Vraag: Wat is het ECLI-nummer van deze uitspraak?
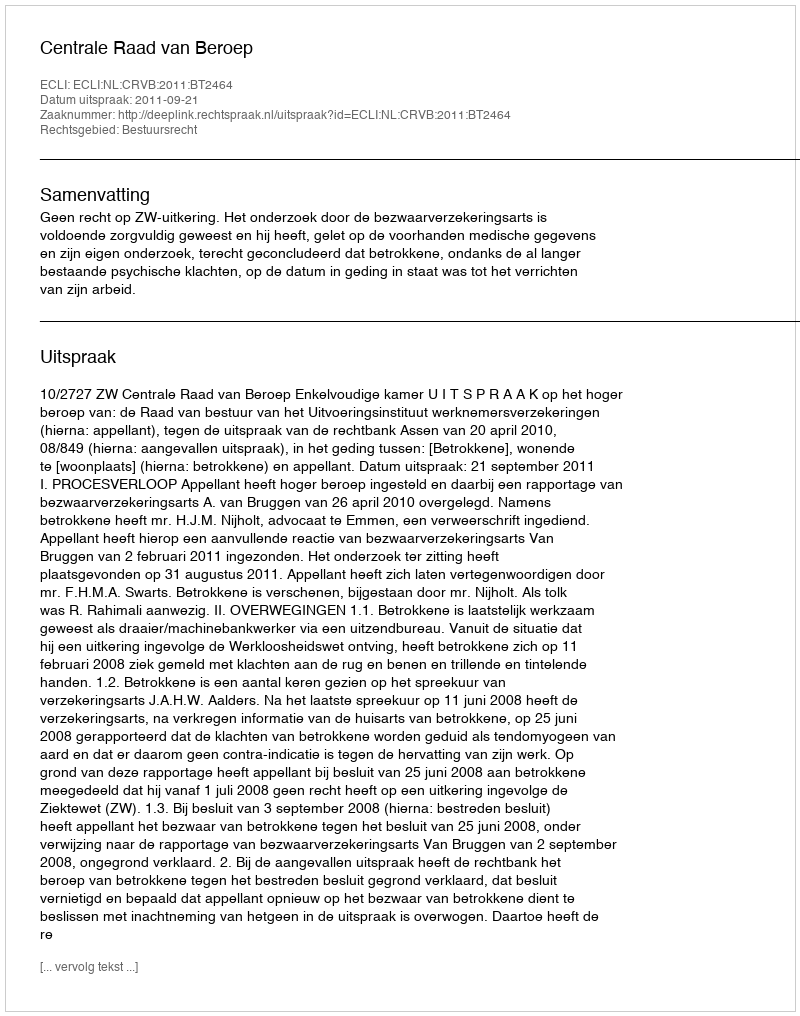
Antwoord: ECLI:NL:CRVB:2011:BT2464